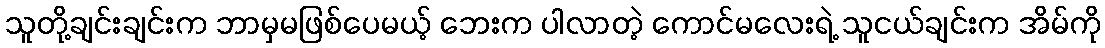
သူတို့ချင်းချင်းက ဘာမှမဖြစ်ပေမယ့် ဘေးက ပါလာတဲ့ ကောင်မလေးရဲ့ သူငယ်ချင်းက အိမ်ကို